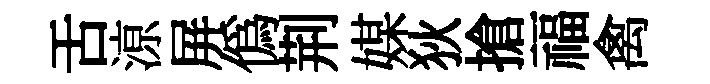
舌鿌屏偽荆媒狄搶福禽